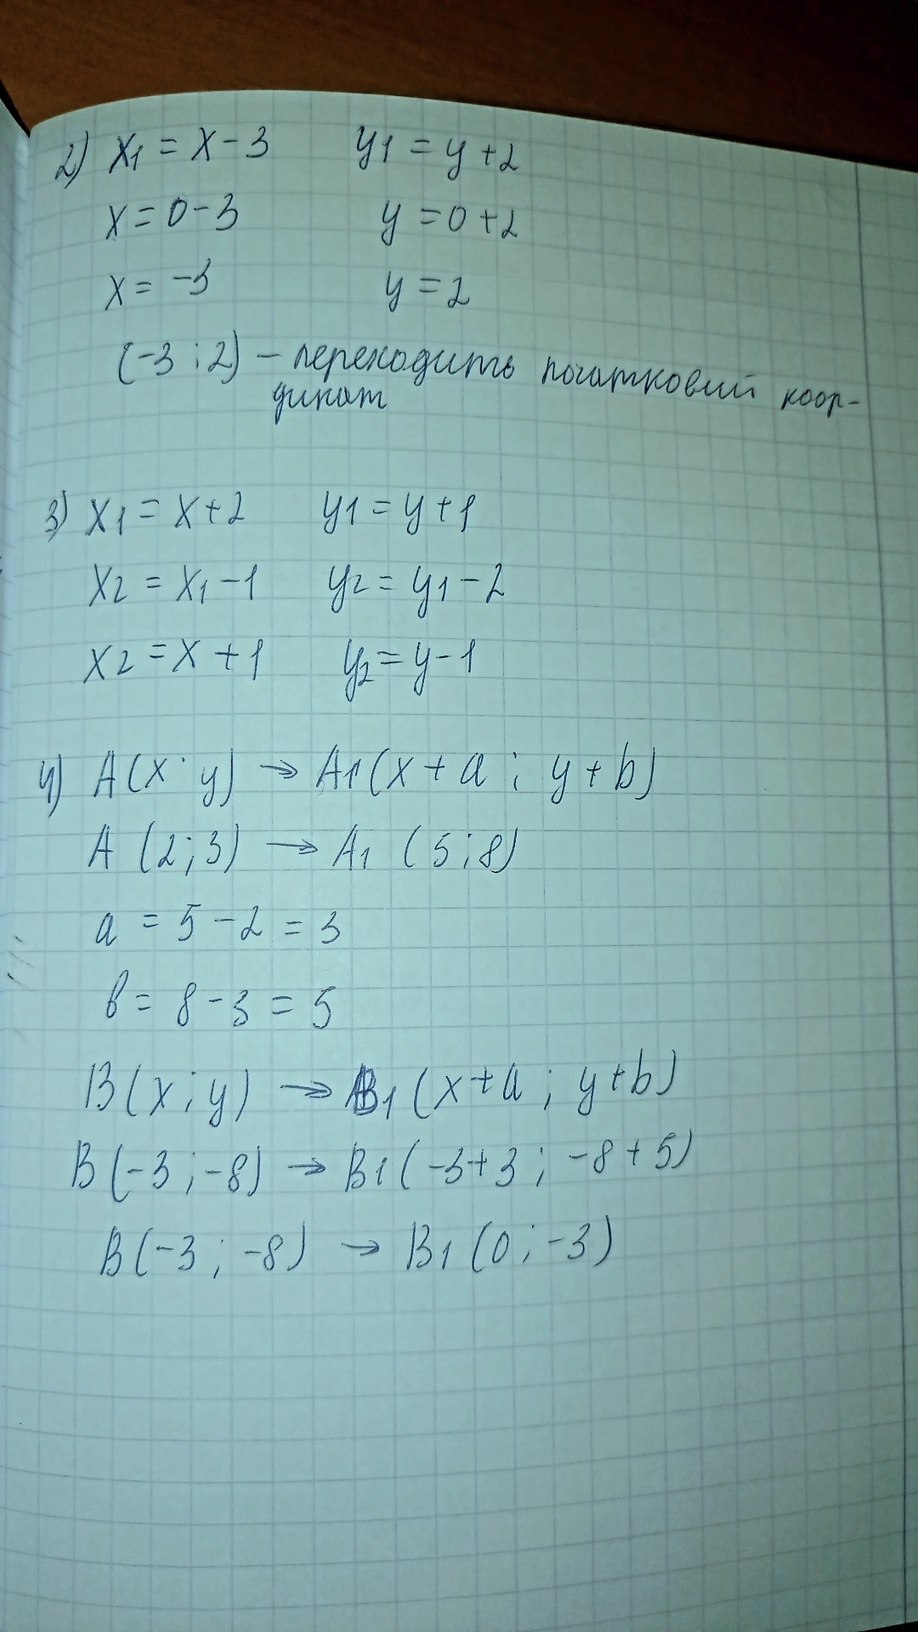
2) x1 = x - 3
y1 = y + 2
x = 0 - 3
y = 0 + 2
x = -3
y = 2
(-3 ; 2)
- переходить початковий коор-
динат
y_1 = y + 1
3) x1 = x + 2
x2 = x1 - 1
y2 = y1 - 2
x2 = x + 1
y_2 = y - 1
4) A(x  y) → A1(x + a ; y + b)
A (2; 3) → A1 (5; 8)
a = 5 - 2 = 3
b = 8 - 3 = 5
B(x; y) → B1(x + a; y + b)
B ( -3;-8 ) → B1 ( -3 + 3; -8 + 5)
B(-3; -8) -> B1(0; -3)